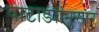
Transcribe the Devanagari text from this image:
वाटाड्यांनुसार